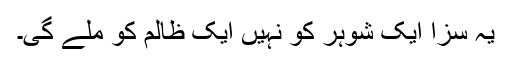
یہ سزا ایک شوہر کو نہیں ایک ظالم کو ملے گی۔